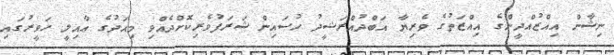
ނިޝާން އިއްޒުއްދީންގެ އިއްޒަތުގެ ވެރިޔާ އަބްދުއްރަޝީދު ހުސައިން ޝަރަފުވެރިކޮށްދެއްވި މިއަދުގެ ޢާއިލީ ހަވީރުގައި